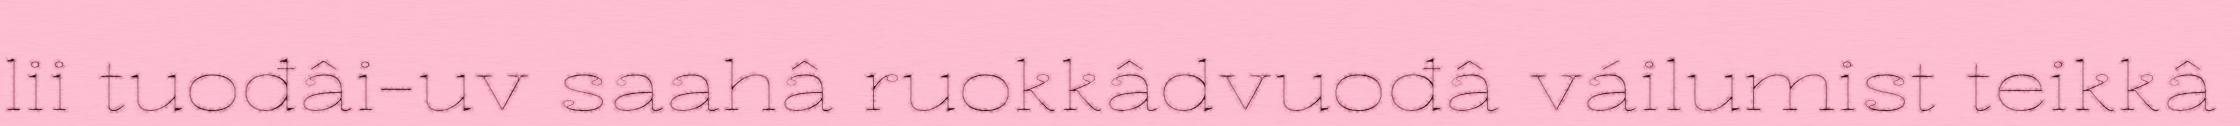
lii tuođâi-uv saahâ ruokkâdvuođâ váilumist teikkâ